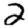
Digit: 2